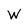
Character: W